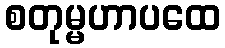
စတုမ္မဟာပထေ